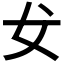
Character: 𰋵